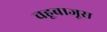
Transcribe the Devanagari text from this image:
चहूबाजूस